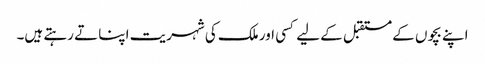
اپنے بچوں کے مستقبل کے لیے کسی اور ملک کی شہریت اپنا تے رہتے ہیں۔